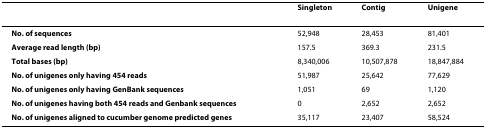
<table><thead><tr><td>[EMPTY_CELL]</td><td><b>Singleton</b></td><td><b>Contig</b></td><td><b>Unigene</b></td></tr></thead><tbody><tr><td><b>No. of sequences</b></td><td>52,948</td><td>28,453</td><td>81,401</td></tr><tr><td><b>Average read length (bp)</b></td><td>157.5</td><td>369.3</td><td>231.5</td></tr><tr><td><b>Total bases (bp)</b></td><td>8,340,006</td><td>10,507,878</td><td>18,847,884</td></tr><tr><td><b>No. of unigenes only having 454 reads</b></td><td>51,987</td><td>25,642</td><td>77,629</td></tr><tr><td><b>No. of unigenes only having GenBank sequences</b></td><td>1,051</td><td>69</td><td>1,120</td></tr><tr><td><b>No. of unigenes having both 454 reads and Genbank sequences</b></td><td>0</td><td>2,652</td><td>2,652</td></tr><tr><td><b>No. of unigenes aligned to cucumber genome predicted genes</b></td><td>35,117</td><td>23,407</td><td>58,524</td></tr></tbody></table>